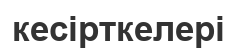
кесірткелері